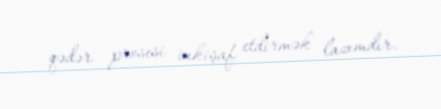
qədər prosesi inkişaf etdirmək lazımdır.